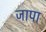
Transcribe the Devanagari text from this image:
जापा